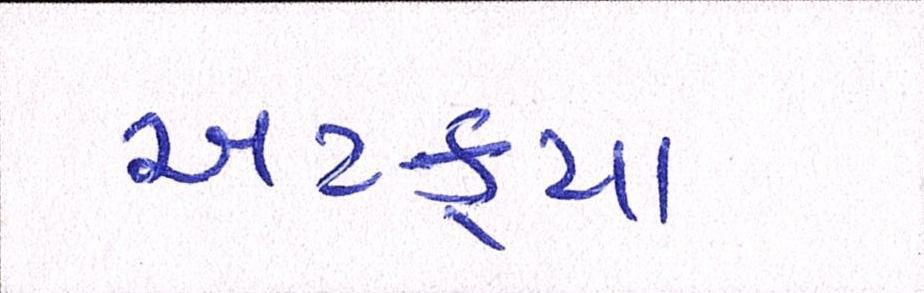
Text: અટક્યા